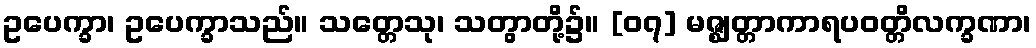
ဥပေက္ခာ၊ ဥပေက္ခာသည်။ သတ္တေသု၊ သတွာတို့၌။ [၀၇] မဇ္ဈတ္တာကာရပဝတ္တိလက္ခဏာ၊